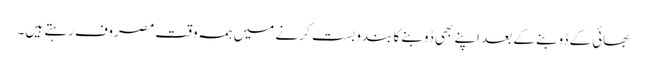
بھائی کے ڈوبنے کے بعد اپنے بھی ڈوبنے کا بندوبست کرنے میں ہمہ وقت مصروف رہتے ہیں۔